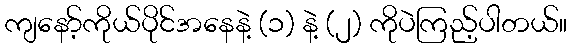
ကျနော့်ကိုယ်ပိုင်အနေနဲ့ (၁) နဲ့ (၂) ကိုပဲကြည့်ပါတယ်။